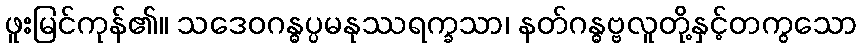
ဖူးမြင်ကုန်၏။ သဒေဝဂန္ဓပ္ပမနုဿရက္ခသာ၊ နတ်ဂန္ဓဗ္ဗလူတို့နှင့်တကွသော